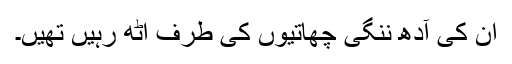
ان کی آدھ ننگی چھاتیوں کی طرف اُٹھ رہیں تھیں۔